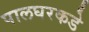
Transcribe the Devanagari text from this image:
पालघरकडे